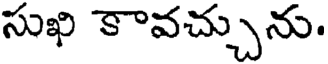
సుఖి కావచ్చును.